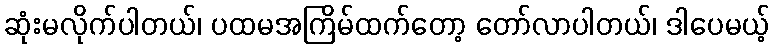
ဆုံးမလိုက်ပါတယ်၊ ပထမအကြိမ်ထက်တော့ တော်လာပါတယ်၊ ဒါပေမယ့်